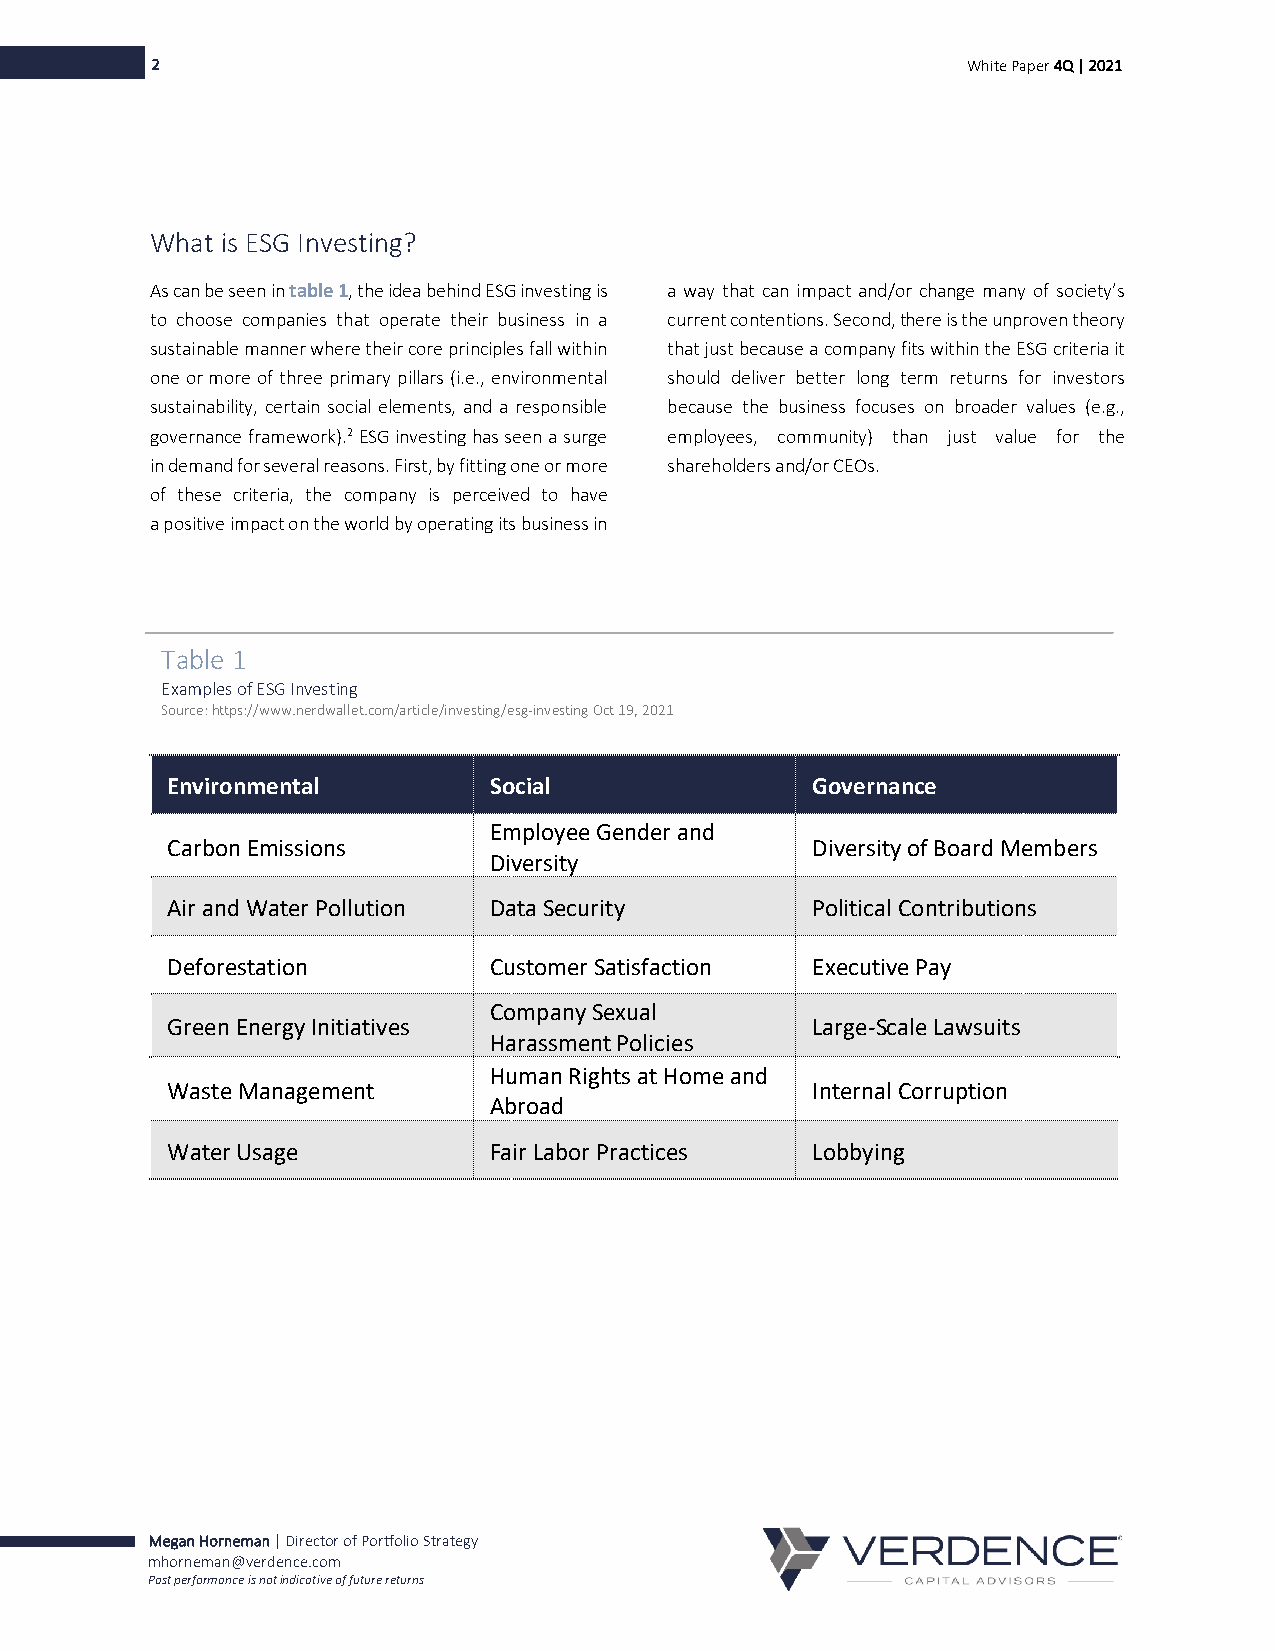
2                                                     White Paper 4Q | 2021
 What is ESG Investing?
 As can be seen in table 1, the idea behind ESG investing is a way that can impact and/or change many of society’s
 to choose companies that operate their business in a current contentions. Second, there is the unproven theory
 sustainable manner where their core principles fall within that just because a company fits within the ESG criteria it
 one or more of three primary pillars (i.e., environmental should deliver better long term returns for investors
 sustainability, certain social elements, and a responsible because the business focuses on broader values (e.g.,
 governance framework).2 ESG investing has seen a surge employees, community) than just value for the
 in demand for several reasons. First, by fitting one or more shareholders and/or CEOs.
 of these criteria, the company is perceived to have
 a positive impact on the world by operating its business in
 Table 1
 Examples of ESG Investing
 Source: https://www.nerdwallet.com/article/investing/esg-investing Oct 19, 2021
 Environmental        Social                Governance
 Employee Gender and
 Carbon Emissions                           Diversity of Board Members
 Diversity
 Air and Water Pollution Data Security      Political Contributions
 Deforestation        Customer Satisfaction Executive Pay
 Company Sexual
 Green Energy Initiatives                   Large-Scale Lawsuits
 Harassment Policies
 Human Rights at Home and
 Waste Management                           Internal Corruption
 Abroad
 Water Usage          Fair Labor Practices  Lobbying
 Megan Horneman | Director of Portfolio Strategy
 mhorneman@verdence.com
 Past performance is not indicative of future returns